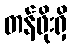
တန်ဖိုးရှိ